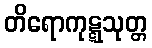
တိရောကုဋ္ဋသုတ္တ